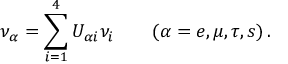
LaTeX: \nu _ { \alpha } = \sum _ { i = 1 } ^ { 4 } U _ { \alpha i } \nu _ { i } \qquad ( \alpha = e , \mu , \tau , s ) \, .